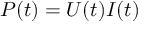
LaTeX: P ( t ) = U ( t ) I ( t )